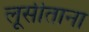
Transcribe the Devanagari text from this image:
लूसीताना